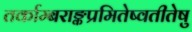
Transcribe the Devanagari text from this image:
तर्काम्बराङ्कप्रमितेष्वतीतेषु